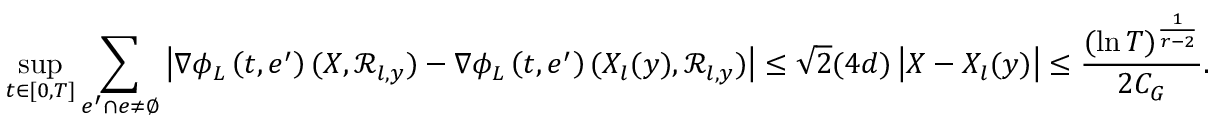
\operatorname* { s u p } _ { t \in [ 0 , T ] } \sum _ { e ^ { \prime } \cap e \neq \emptyset } \left| \nabla \phi _ { L } \left( t , e ^ { \prime } \right) ( X , \mathcal { R } _ { l , y } ) - \nabla \phi _ { L } \left( t , e ^ { \prime } \right) ( X _ { l } ( y ) , \mathcal { R } _ { l , y } ) \right| \leq \sqrt { 2 } ( 4 d ) \left| X - X _ { l } ( y ) \right| \leq \frac { ( \ln T ) ^ { \frac { 1 } { r - 2 } } } { 2 C _ { G } } .